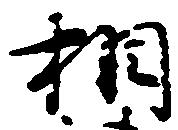
相